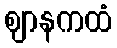
ဈာနကထံ